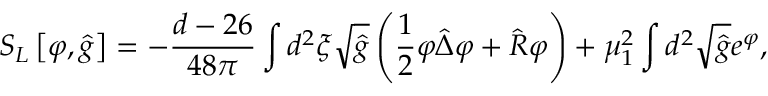
{ S _ { L } } \left[ \varphi , \hat { g } \right] = - { \frac { d - 2 6 } { 4 8 \pi } } \int { d ^ { 2 } } \xi \sqrt { \hat { g } } \left( { \frac { 1 } { 2 } } \varphi \hat { \Delta } \varphi + \hat { R } \varphi \right) + { \mu _ { 1 } ^ { 2 } } \int { d ^ { 2 } } \sqrt { \hat { g } } { e ^ { \varphi } } ,